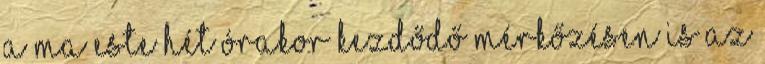
a ma este hét órakor kezdődő mérkőzésen is az